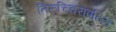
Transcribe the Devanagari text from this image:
तिरुच्चिरापल्लि